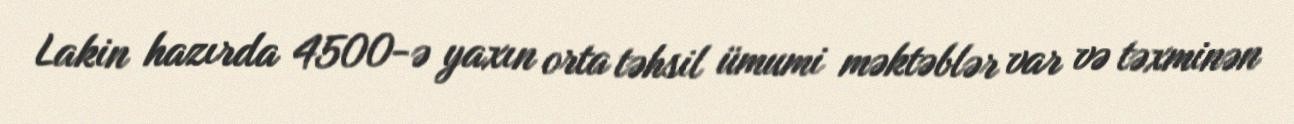
Lakin hazırda 4500-ə yaxın orta təhsil ümumi məktəblər var və təxminən